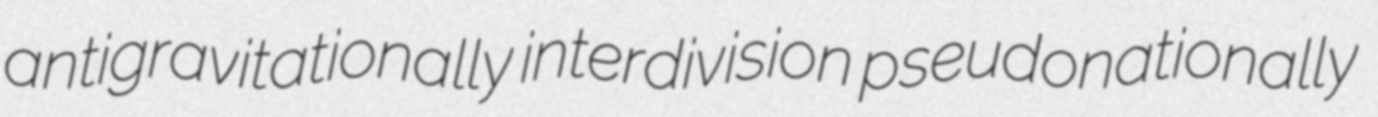
antigravitationally interdivision pseudonationally